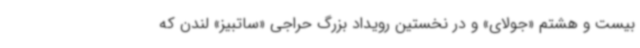
بیست و هشتم «جولای»‌ و در نخستین رویداد بزرگ حراجی «ساتبیز» لندن که